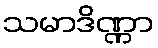
သမာဒိဏ္ဏာ